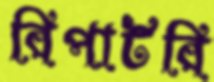
রিপার্টরি